Vaccination in Bombay 1902-1912 - 1902-1912
Year: 1902
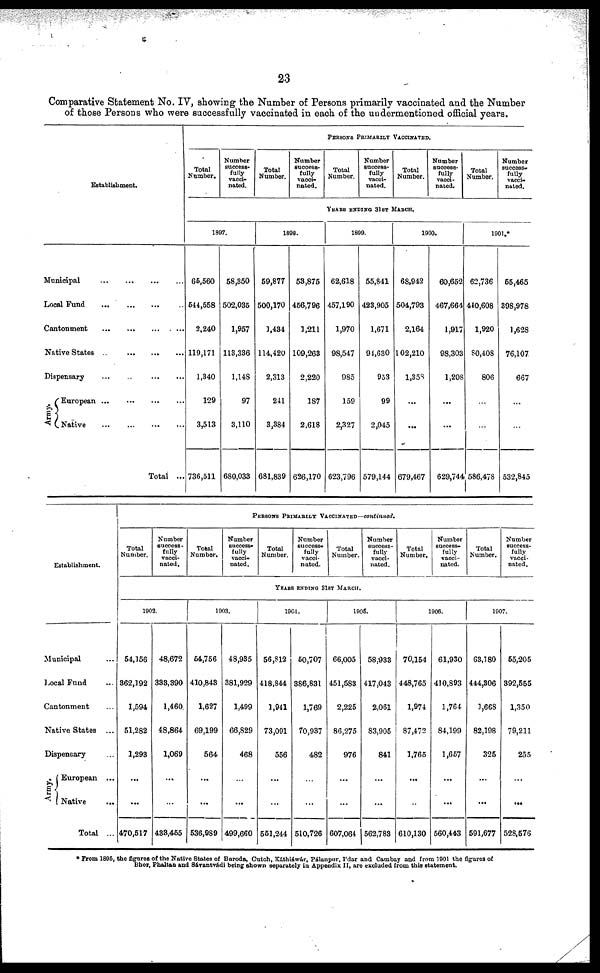
23
Comparative Statement No. IV, showing the Number of Persons primarily vaccinated and the Number
of those Persons who were successfully vaccinated in each of the undermentioned official years.
Establishment.
Municipal
...
...
...
...
Local Fund
...
...
...
Cantonment
...
...
...
...
Native States
...
...
...
...
Dispensary
...
...
...
...
Army.
European
...
...
...
...
Native
...
...
...
...
Total
...
PERSONS PRIMARILY VACCINATED.
Total
Number.
Number
success-
fully
vacci-
nated.
Total
Number.
Number
success-
fully
vacci-
nated.
Total
Number.
Number
success-
fully
vacci-
nated.
Total
Number.
Number
success-
fully
vacci-
nated.
Total
Number.
Number
success¬
fully
vacci-
nated.
YEARS ENDING 31ST MARCH.
1897.
65,560
544,558
2,240
119,171
1,340
129
3,513
736,511
58,350
502,035
1,957
113,336
1,148
97
3,110
680,033
1898.
59,877
500,170
1,434
114,420
2,313
241
3,384
681,839
53,875
456,796
1,211
109,263
2,220
187
2,618
626,170
1899.
62,618
457,190
1,970
98,547
985
159
2,327
623,796
55,841
423,905
1,671
94,630
953
99
2,045
579,144
1900.
68,942
504,793
2,164
102,210
1,358
...
...
679,467
60,652
467,664
1,917
98,303
1,208
...
...
629,744
1901.*
62,736
440,608
1,920
80,408
806
...
...
586,478
55,465
398,978
1,628
76,107
667
...
...
532,845
Establishment.
Municipal ...
Local Fund ...
Cantonment ...
Native States
...
Dispencary ...
Army.
European
...
Native
...
Total ...
PERSONS PRIMARILY VACCINATED—continued.
Total
Number.
Number
success-
fully
vacci-
nated.
Total
Number.
Number
success-
fully
vacci-
nated.
Total
Number.
Number
success-
fully
vacci-
nated.
Total
Number.
Number
success-
fully
vacci-
nated.
Total
Number.
Number
success-
fully
vacci-
nated.
Total
Number.
Number
success-
fully
vacci-
nated.
YEARS ENDING 31ST MARCH.
1902.
54,156
362,192
1,594
51,282
1,293
...
...
470,517
48,672
333,390
1,460
48,864
1,069
...
...
433,455
1903.
54,756
410,848
1,627
69,199
564
...
...
536,989
48,935
381,929
1,499
66,829
468
...
...
499,660
1904.
56,812
418,844
1,941
73,091
556
...
...
561,244
50,707
386,831
1,769
70,937
482
...
...
510,726
1905.
66,005
451,583
2,225
86,275
976
...
...
607,064
58,933
417,043
2,061
83,905
841
...
...
562,788
1906.
70,154
448,765
1,974
87,472
1,765
...
...
610,130
61,930
410,893
1,764
84,199
1,657
...
...
560,443
1907.
63,180
444,306
1,668
82,198
325
...
...
591,677
55,205
392,555
1,350
79,211
255
...
...
528,576
* From 1895, the figures of the Native States of Baroda, Cutch, Káthiáwár, Pálanpur, I'dar and Cambay and from 1901 the figures of
Bhor, Phaltan and Sávantvádi being shown separately in Appendix II, are excluded from this statement.